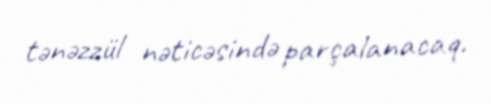
tənəzzül nəticəsində parçalanacaq.